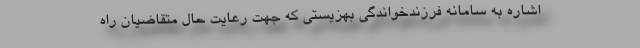
اشاره به سامانه‌ فرزندخواندگی بهزیستی که جهت رعایت حال متقاضیان راه